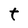
Character: t